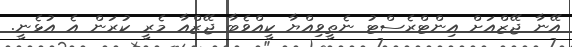
އޭނާ ޖޭޒްއަށް އިންޓްރެސްޓު ނެތީވިއްޔާ ކީއްވެބާ ޖޭޒްއާ މެރީ ކުރަން އެ އުޅެނީ.